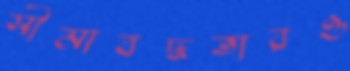
সীমাবদ্ধতারও